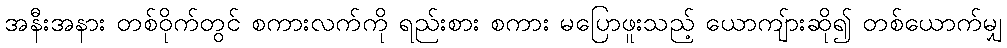
အနီးအနား တစ်ဝိုက်တွင် စကားလက်ကို ရည်းစား စကား မပြောဖူးသည့် ယောကျ်ားဆို၍ တစ်ယောက်မျှ